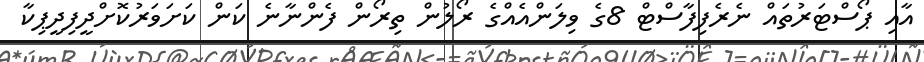
އާއި ޕޯސްޓަރުތައް ނެރެފިފާސްޓް 8ގެ ވިލަންއެއްގެ ރޯލުން ތިރޯން ފެންނާނެ ކަން ކަށަވަރުކޮށްދީފިދީޕިކާ